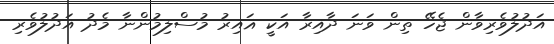
އަދުލުވެރިވާން ޖެހޭ ތިން ވަނަ ދާއިރާ އަކީ ޣައިރު މުސްލިމުންނާ މެދު އަދުލުވެރި